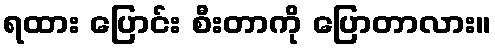
ရထား ပြောင်း စီးတာကို ပြောတာလား။